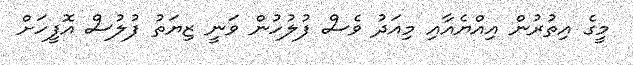
މީގެ އިތުރުން އިއްޔެއާއި މިއަދު ވެސް ފުލުހުން ވަނީ ޒިޔަތު ފުލުސް އޮފީހަށް